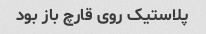
پلاستیک روی قارچ باز بود